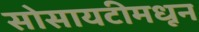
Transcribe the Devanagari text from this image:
सोसायटीमधून